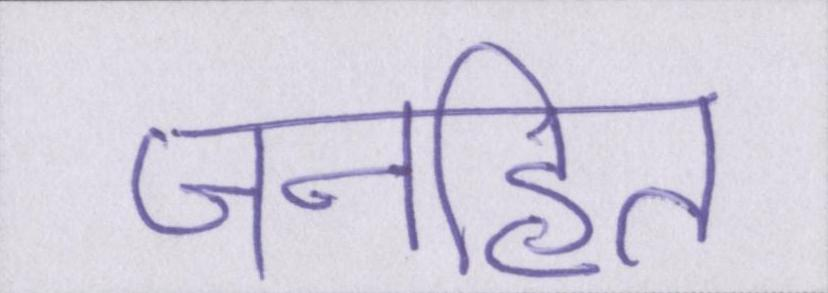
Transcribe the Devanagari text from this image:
जनहित